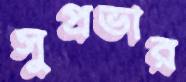
সুপ্রভার